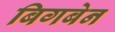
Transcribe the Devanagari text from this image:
बिगबेन